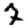
Digit: 7